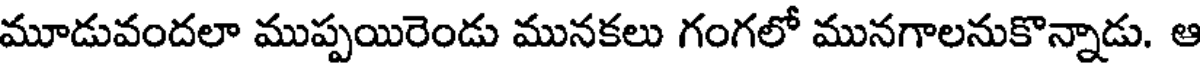
మూడువందలా ముప్పయిరెండు మునకలు గంగలో మునగాలనుకొన్నాడు. ఆ